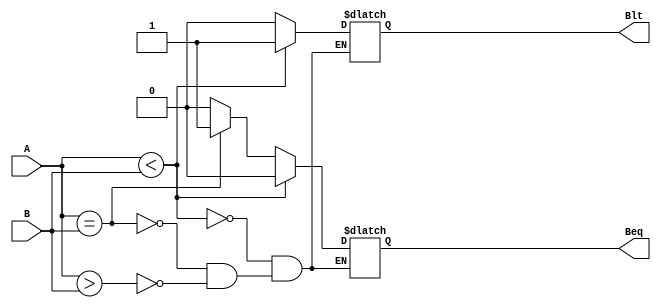
module BranchComparator(A, B, Beq, Blt);

	input [31:0] A, B;
	output reg Blt, Beq;
	
	always @(*) begin
	
		if (A > B) begin
			
			Blt <= 1'b0;
			Beq <= 1'b0;
		
		end
		
		if (A == B) begin
		
			Blt <= 1'b0;
			Beq <= 1'b1;
			
		end
		
		if (A < B) begin
		
			Blt <= 1'b1;
			Beq <= 1'b0;
			
		end
		
	end
	
endmodule